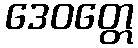
ဒေဝတ္တေ